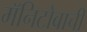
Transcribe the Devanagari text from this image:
मॅनिटोबाची